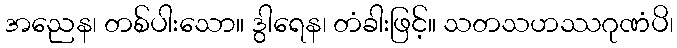
အညေန၊ တစ်ပါးသော။ ဒွါရေန၊ တံခါးဖြင့်။ သတသဟဿဂုဏံပိ၊